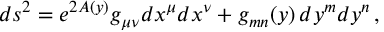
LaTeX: d s ^ { 2 } = e ^ { 2 A ( y ) } g _ { \mu \nu } d x ^ { \mu } d x ^ { \nu } + g _ { m n } ( y ) \, d y ^ { m } d y ^ { n } \, ,